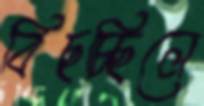
বিছচ্ছিলে